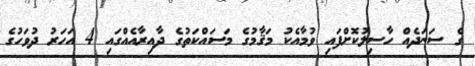
ގެ ސަނަދެއް ހާސިލުކޮށްފައި ވުމާއެކު މަޤާމުގެ މަސައްކަތުގެ ދާއިރާއެއްގައި 4 އަހަރު ދުވަހުގެ